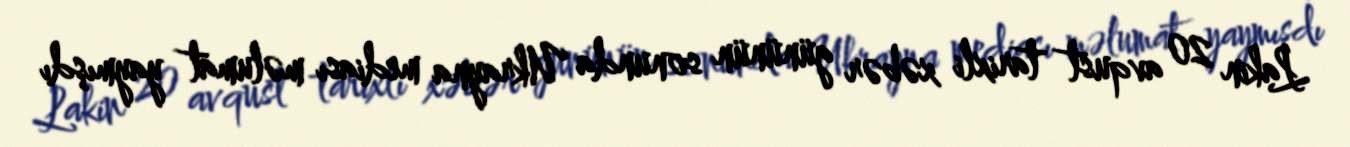
Lakin 20 avqust tarixli xəbər gününün sonunda Ukrayna mediası məlumat yaymışdı